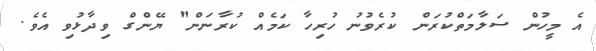
އެ މީހުން ސަލާމަތްކުރަން ކުރެވުނު ހުރިހާ ކަމެއް ކުރާނަން" ޔޭންގް ވިދާޅުވި އެވެ.